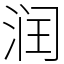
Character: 润